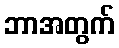
ဘာအတွက်